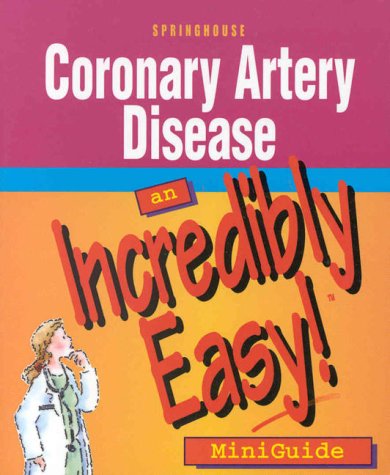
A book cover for Coronary Artery Disease: An Incredibly Easy! Miniguide; Springhouse; Medical Books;